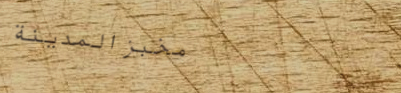
مخبز المدينة